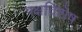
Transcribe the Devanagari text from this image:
पक्षविशेष